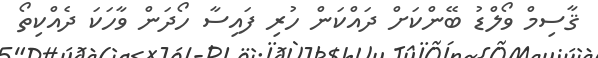
ޤާސިމް ވޯލްޑު ބޭންކަށް ދައްކަން ހުރި ފައިސާ ހޯދަން ވާހަކަ ދެއްކިތޯ